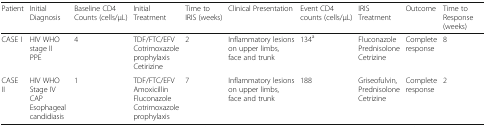
<table><thead><tr><td><b>Patient</b></td><td><b>Initial Diagnosis</b></td><td><b>Baseline CD4 Counts (cells/μL)</b></td><td><b>Initial Treatment</b></td><td><b>Time to IRIS (weeks)</b></td><td><b>Clinical Presentation</b></td><td><b>Event CD4 counts (cells/μL)</b></td><td><b>IRIS Treatment</b></td><td><b>Outcome</b></td><td><b>Time to Response (weeks)</b></td></tr></thead><tbody><tr><td>CASE I</td><td>HIV WHO stage IIPPE</td><td>4</td><td>TDF/FTC/EFV Cotrimoxazole prophylaxis Cetirizine</td><td>2</td><td>Inflammatory lesions on upper limbs, face and trunk</td><td>134<sup>a</sup></td><td>Fluconazole Prednisolone Cetrizine</td><td>Complete response</td><td>8</td></tr><tr><td>CASE II</td><td>HIV WHO Stage IVCAPEsophageal candidiasis</td><td>1</td><td>TDF/FTC/EFV Amoxicillin Fluconazole Cotrimoxazole prophylaxis</td><td>7</td><td>Inflammatory lesions on upper limbs, face and trunk</td><td>188</td><td>Griseofulvin, Prednisolone Cetrizine</td><td>Complete response</td><td>2</td></tr></tbody></table>